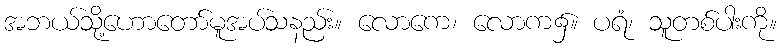
အဘယ်သို့ဟောတော်မူအပ်သနည်း။ လောကေ၊ လောက၌။ ပရံ၊ သူတစ်ပါးကို။